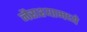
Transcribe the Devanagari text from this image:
नैराश्यामध्ये